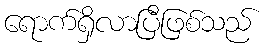
ရောက်ရှိလာပြီဖြစ်သည်